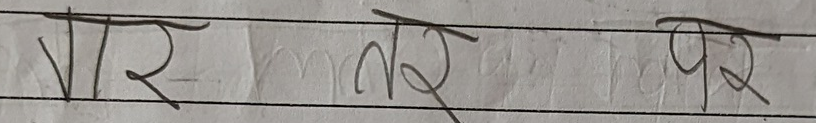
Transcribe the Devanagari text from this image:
पर तर पर